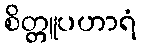
စိတ္တူပဟာရံ